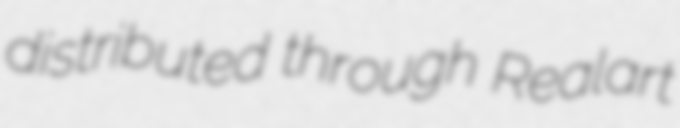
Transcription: distributed through Realart